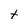
Character: t